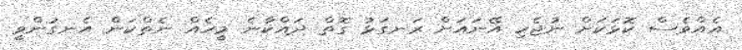
އެއްވެސް ކޮޅަކަށް ނުޖެހި އޭނައަށް ރަނގަޅު ގޮތް ދައްކާނެ މީހެއް ނެތްކަން އެނގުންވީ